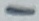
Text: 1